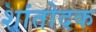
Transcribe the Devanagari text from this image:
शांतोदक